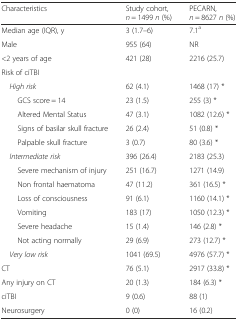
| Characteristics | Study cohort, n = 1499 n (%) | PECARN, n = 8627 n (%) |
 | --- | --- | --- |
 | Median age (IQR), y | 3 (1.7–6) | 7.1a |
 | Male | 955 (64) | NR |
 | <2 years of age | 421 (28) | 2216 (25.7) |
 | <COLSPAN=3> Risk of ciTBI |
 | High risk | 62 (4.1) | 1468 (17) * |
 | GCS score = 14 | 23 (1.5) | 255 (3) * |
 | Altered Mental Status | 47 (3.1) | 1082 (12.6) * |
 | Signs of basilar skull fracture | 26 (2.4) | 51 (0.8) * |
 | Palpable skull fracture | 3 (0.7) | 80 (3.6) * |
 | Intermediate risk | 396 (26.4) | 2183 (25.3) |
 | Severe mechanism of injury | 251 (16.7) | 1271 (14.9) |
 | Non frontal haematoma | 47 (11.2) | 361 (16.5) * |
 | Loss of consciousness | 91 (6.1) | 1160 (14.1) * |
 | Vomiting | 183 (17) | 1050 (12.3) * |
 | Severe headache | 15 (1.4) | 146 (2.8) * |
 | Not acting normally | 29 (6.9) | 273 (12.7) * |
 | Very low risk | 1041 (69.5) | 4976 (57.7) * |
 | CT | 76 (5.1) | 2917 (33.8) * |
 | Any injury on CT | 20 (1.3) | 184 (6.3) * |
 | ciTBI | 9 (0.6) | 88 (1) |
 | Neurosurgery | 0 (0) | 16 (0.2) |